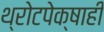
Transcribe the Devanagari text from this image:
थ्रोटपेक्षाही